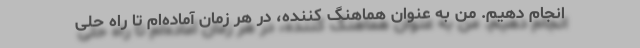
انجام دهیم. من به عنوان هماهنگ کننده، در هر زمان آماده‌ام تا راه حلی